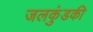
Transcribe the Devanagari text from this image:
जलकुंडकी